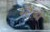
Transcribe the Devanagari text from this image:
स्‍टेंथ